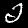
Label: 2